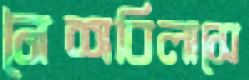
নৈশবিলাসে